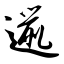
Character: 邋